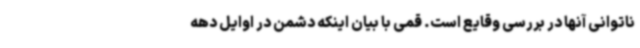
ناتوانی آنها در بررسی وقایع است. قمی با بیان اینکه دشمن در اوایل دهه